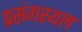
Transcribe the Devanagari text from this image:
प्रसंगस्थल